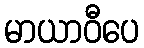
မာယာဝီပေ